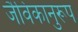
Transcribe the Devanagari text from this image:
जैविकानुरूप